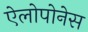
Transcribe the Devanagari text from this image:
ऐलोपोनेस